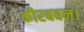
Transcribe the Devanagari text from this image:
कौरबबन।